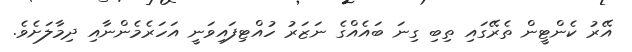
އޭރު ކެންޓީން ތެރޭގައި ތިބި ގިނަ ބައެއްގެ ނަޒަރު ހުއްޓިފައިވަނީ އަހަރެމެންނާއި ދިމާލަށެވެ.